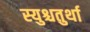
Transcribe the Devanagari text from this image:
स्युश्चतुर्था